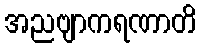
အညဗျာကရဏာတိ